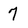
Character: 7